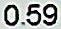
0.59